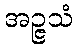
အဉ္ဇသံ